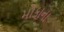
મોકાના